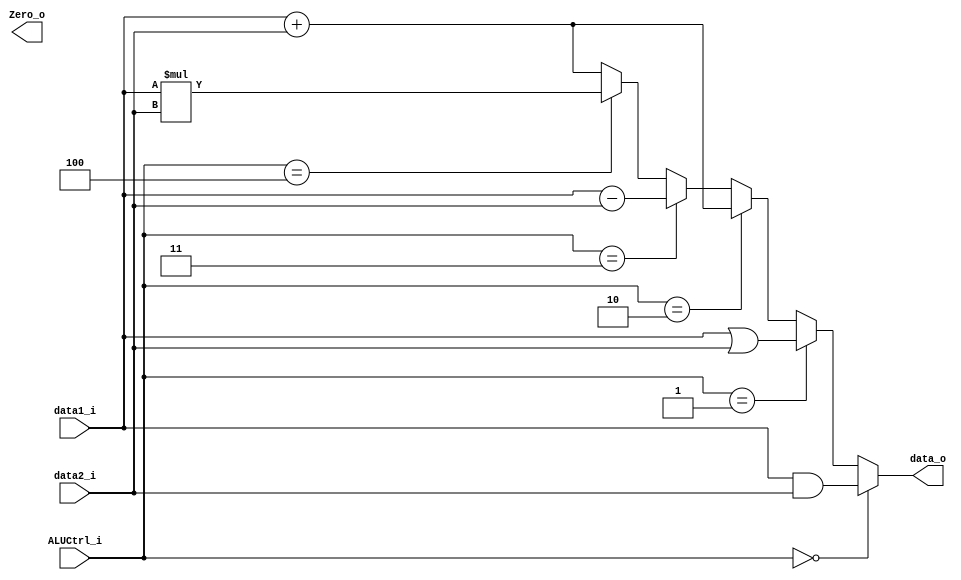
module ALU(
    data1_i,
    data2_i,
    ALUCtrl_i,
    data_o,
    Zero_o
);

input [31:0] data1_i, data2_i;
input [2:0] ALUCtrl_i;
output [31:0] data_o;
output Zero_o;

assign data_o = (ALUCtrl_i == 3'b000)? (data1_i & data2_i):
(ALUCtrl_i == 3'b001)? (data1_i | data2_i):
(ALUCtrl_i == 3'b010)? (data1_i + data2_i):
(ALUCtrl_i == 3'b011)? (data1_i - data2_i):
(ALUCtrl_i == 3'b100)? (data1_i * data2_i):
(data1_i + data2_i);

endmodule